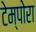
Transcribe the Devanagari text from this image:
टेम्पोरा